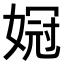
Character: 𫱌